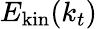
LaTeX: E_{\mathrm{kin}}(k_{t})